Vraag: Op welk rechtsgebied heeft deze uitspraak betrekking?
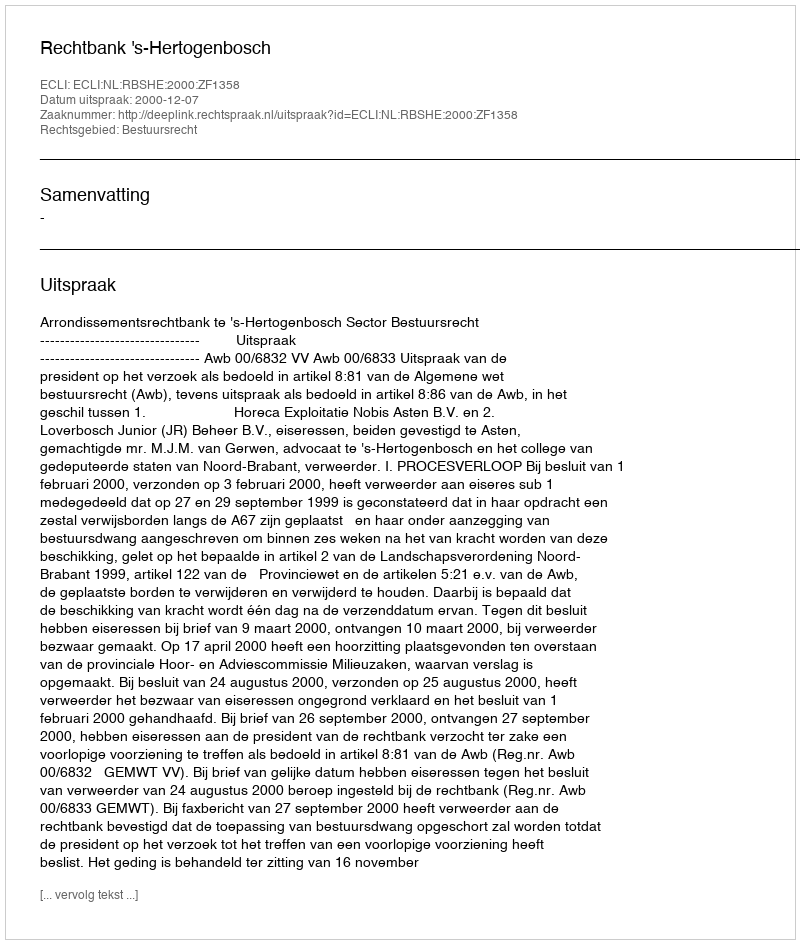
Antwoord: Bestuursrecht